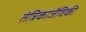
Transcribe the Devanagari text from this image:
तंत्रिकाजैविकी